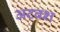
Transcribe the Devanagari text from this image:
अटवश